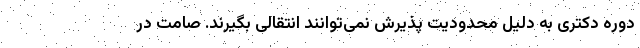
دوره دکتری به دلیل محدودیت پذیرش نمی‌توانند انتقالی بگیرند. صامت در